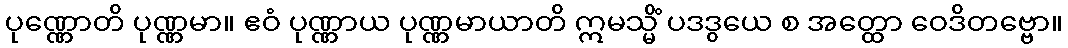
ပုဏ္ဏောတိ ပုဏ္ဏမာ။ ဧဝံ ပုဏ္ဏာယ ပုဏ္ဏမာယာတိ ဣမသ္မိံ ပဒဒွယေ စ အတ္ထော ဝေဒိတဗ္ဗော။